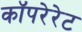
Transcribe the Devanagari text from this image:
कॉपरेरेट